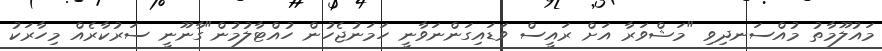
މައުލޫމާތު މުއްސަނދިވި "މަޝްވަރާ އަށް ރައީސް ވަޑައިގަންނަވާނީ ހަމަނުޖެހުން ހުއްޓާލުމުން"ގާނޫނީ ސަރުކާރެއް މިހާރަކު